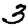
Digit: 3